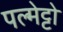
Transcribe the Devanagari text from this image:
पल्मेट्टो